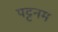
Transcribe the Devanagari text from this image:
पट्टनम